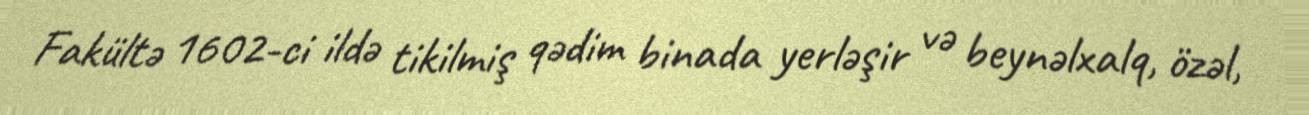
Fakültə 1602-ci ildə tikilmiş qədim binada yerləşir və beynəlxalq, özəl,